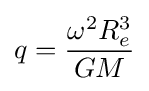
q={\frac {\omega ^{2}R_{e}^{3}}{GM}}